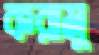
করামু